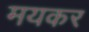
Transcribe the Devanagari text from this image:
मयकर